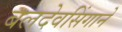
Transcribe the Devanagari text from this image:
बलदेवसिंगाने